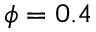
\phi = 0 . 4